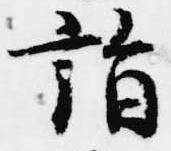
詣